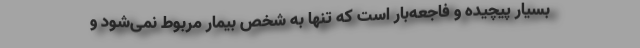
بسیار پیچیده و فاجعه‌بار است که تنها به شخص بیمار مربوط نمی‌شود و